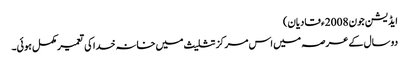
ایڈیشن جون 2008ء قادیان)
دو سال کے عرصہ میں اس مرکز تثلیث میں خانہ خدا کی تعمیر مکمل ہوئی۔